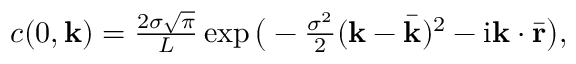
\begin{array} { r } { c ( 0 , { \bf k } ) = \frac { 2 \sigma \sqrt { \pi } } { L } \exp \big ( - \frac { \sigma ^ { 2 } } { 2 } ( { \bf k } - \bar { { \bf k } } ) ^ { 2 } - \mathrm { i } { \bf k } \cdot \bar { { \bf r } } \big ) , } \end{array}